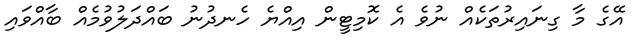
އޭގެ މާ ގިނައިރުތަކެއް ނުވެ އެ ކޮމިޓީން އިއްޔެ ހެނދުނު ބައްދަލުވުމެއް ބާއްވައި